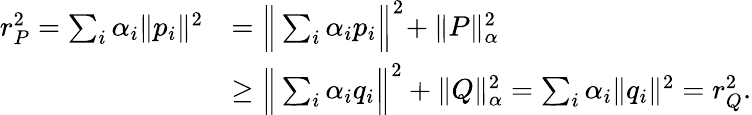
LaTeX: \begin{array}{rl}{r_{P}^{2}=\sum_{i}\alpha_{i}\| p_{i}\| ^{2}}&{=\Big\| \sum_{i}\alpha_{i}p_{i}\Big\| ^{2}\! +\| P\| _{\alpha}^{2}}\\ &{\ge\Big\| \sum_{i}\alpha_{i}q_{i}\Big\| ^{2}+\| Q\| _{\alpha}^{2}=\sum_{i}\alpha_{i}\| q_{i}\| ^{2}=r_{Q}^{2}.}\end{array}